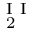
_ { \mathrm { ~ 2 ~ } } ^ { \mathrm { ~ I ~ I ~ } }